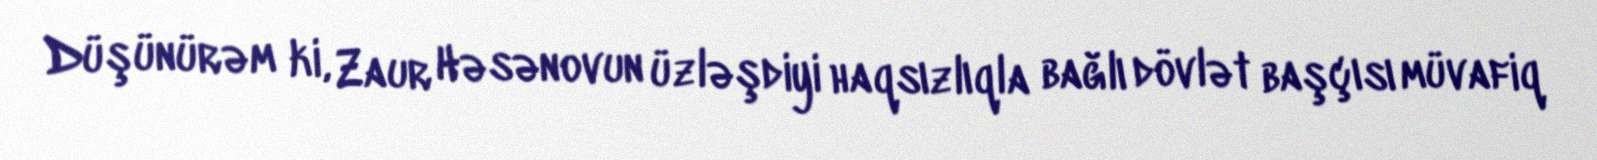
Düşünürəm ki, Zaur Həsənovun üzləşdiyi haqsızlıqla bağlı dövlət başçısı müvafiq